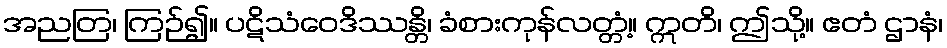
အညတြ၊ ကြဉ်၍။ ပဋိသံဝေဒိဿန္တိ၊ ခံစားကုန်လတ္တံ့။ ဣတိ၊ ဤသို့။ ဧတံ ဌာနံ၊